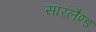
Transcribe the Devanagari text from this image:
सारलैण्ड